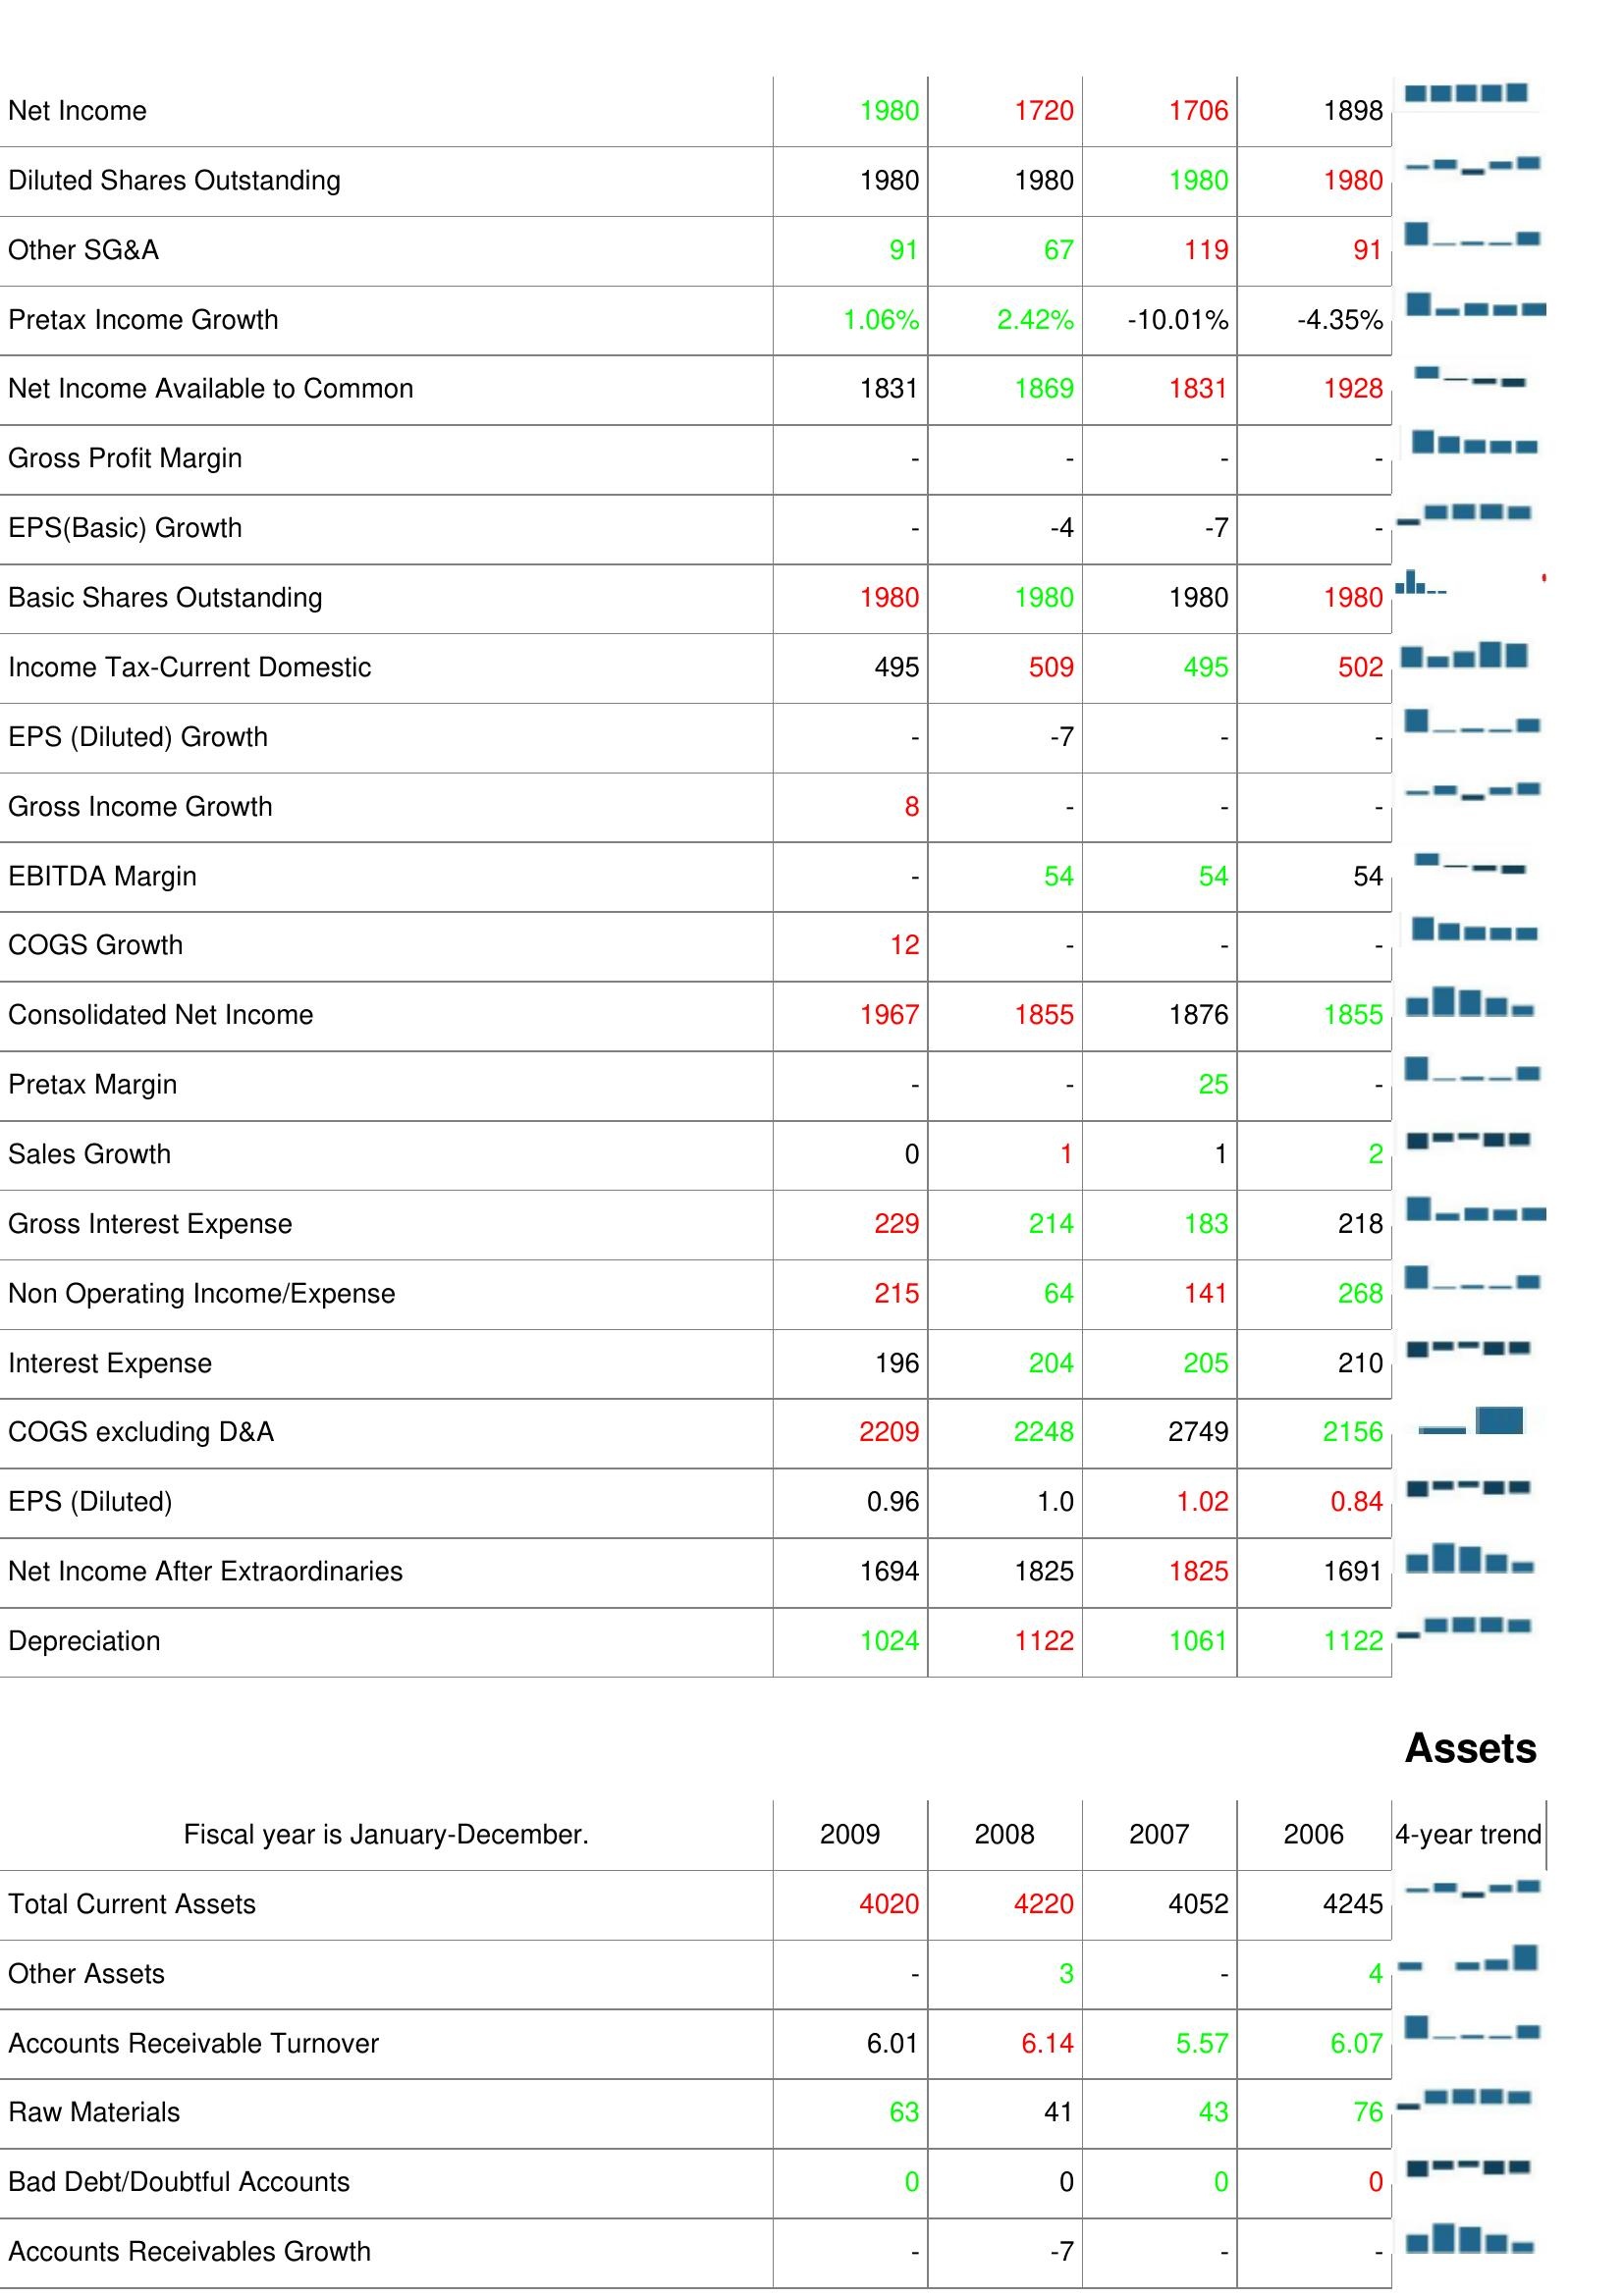
2009: : Net Income: 1980
Diluted Shares Outstanding: 1980
Other SG&A: 91
Pretax Income Growth: 1.06%
Net Income Available to Common: 1831
Gross Profit Margin: -
EPS(Basic) Growth: -
Basic Shares Outstanding: 1980
Income Tax-Current Domestic: 495
EPS (Diluted) Growth: -
Gross Income Growth: 8
EBITDA Margin: -
COGS Growth: 12
Consolidated Net Income: 1967
Pretax Margin: -
Sales Growth: 0
Gross Interest Expense: 229
Non Operating Income/Expense: 215
Interest Expense: 196
COGS excluding D&A: 2209
EPS (Diluted): 0.96
Net Income After Extraordinaries: 1694
Depreciation: 1024
Assets: Total Current Assets: 4020
Other Assets: -
Accounts Receivable Turnover: 6.01
Raw Materials: 63
Bad Debt/Doubtful Accounts: 0
Accounts Receivables Growth: -
2008: : Net Income: 1720
Diluted Shares Outstanding: 1980
Other SG&A: 67
Pretax Income Growth: 2.42%
Net Income Available to Common: 1869
Gross Profit Margin: -
EPS(Basic) Growth: -4
Basic Shares Outstanding: 1980
Income Tax-Current Domestic: 509
EPS (Diluted) Growth: -7
Gross Income Growth: -
EBITDA Margin: 54
COGS Growth: -
Consolidated Net Income: 1855
Pretax Margin: -
Sales Growth: 1
Gross Interest Expense: 214
Non Operating Income/Expense: 64
Interest Expense: 204
COGS excluding D&A: 2248
EPS (Diluted): 1.0
Net Income After Extraordinaries: 1825
Depreciation: 1122
Assets: Total Current Assets: 4220
Other Assets: 3
Accounts Receivable Turnover: 6.14
Raw Materials: 41
Bad Debt/Doubtful Accounts: 0
Accounts Receivables Growth: -7
2007: : Net Income: 1706
Diluted Shares Outstanding: 1980
Other SG&A: 119
Pretax Income Growth: -10.01%
Net Income Available to Common: 1831
Gross Profit Margin: -
EPS(Basic) Growth: -7
Basic Shares Outstanding: 1980
Income Tax-Current Domestic: 495
EPS (Diluted) Growth: -
Gross Income Growth: -
EBITDA Margin: 54
COGS Growth: -
Consolidated Net Income: 1876
Pretax Margin: 25
Sales Growth: 1
Gross Interest Expense: 183
Non Operating Income/Expense: 141
Interest Expense: 205
COGS excluding D&A: 2749
EPS (Diluted): 1.02
Net Income After Extraordinaries: 1825
Depreciation: 1061
Assets: Total Current Assets: 4052
Other Assets: -
Accounts Receivable Turnover: 5.57
Raw Materials: 43
Bad Debt/Doubtful Accounts: 0
Accounts Receivables Growth: -
2006: : Net Income: 1898
Diluted Shares Outstanding: 1980
Other SG&A: 91
Pretax Income Growth: -4.35%
Net Income Available to Common: 1928
Gross Profit Margin: -
EPS(Basic) Growth: -
Basic Shares Outstanding: 1980
Income Tax-Current Domestic: 502
EPS (Diluted) Growth: -
Gross Income Growth: -
EBITDA Margin: 54
COGS Growth: -
Consolidated Net Income: 1855
Pretax Margin: -
Sales Growth: 2
Gross Interest Expense: 218
Non Operating Income/Expense: 268
Interest Expense: 210
COGS excluding D&A: 2156
EPS (Diluted): 0.84
Net Income After Extraordinaries: 1691
Depreciation: 1122
Assets: Total Current Assets: 4245
Other Assets: 4
Accounts Receivable Turnover: 6.07
Raw Materials: 76
Bad Debt/Doubtful Accounts: 0
Accounts Receivables Growth: -